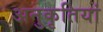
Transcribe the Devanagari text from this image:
अनुकृतियां